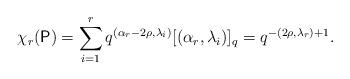
LaTeX: \begin{align*}\chi_r(\mathsf{P}) = \sum_{i = 1}^r q^{(\alpha_r - 2\rho, \lambda_i)} [(\alpha_r, \lambda_i)]_q = q^{-(2\rho, \lambda_r) + 1}.\end{align*}